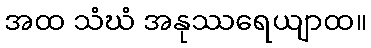
အထ သံဃံ အနုဿရေယျာထ။